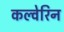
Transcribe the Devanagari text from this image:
कल्वेरिन